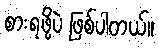
စားရဖို့ပဲ ဖြစ်ပါတယ်။